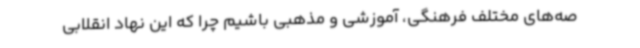
صه‌های مختلف فرهنگی، آموزشی و مذهبی باشیم چرا که این نهاد انقلابی